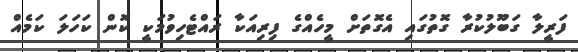
ފަރީލާ ގަބޫލުކުރާ ގޮތުގައި އެގޮތަށް މީހެއްގެ ފިރިއަކާ ރައްޓެހިވުމަކީ ކޮން ކަހަލަ ކަމެއް